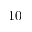
1 0